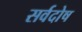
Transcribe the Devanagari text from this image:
सर्वदोष